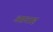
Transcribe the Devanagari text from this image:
अग्रवाह